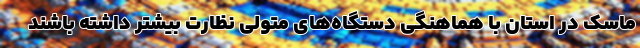
ماسک در استان با هماهنگی دستگاه‌های متولی نظارت بیشتر داشته باشند